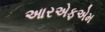
આરએફએમ